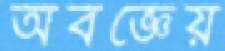
অবজ্ঞেয়